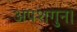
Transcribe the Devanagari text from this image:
अपशगुन।